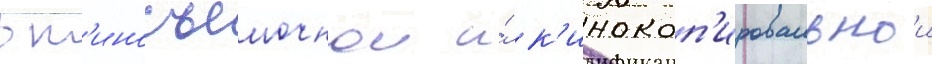
в к'иносъемочнои и́ к'инокоп'ировальнои